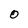
Character: O